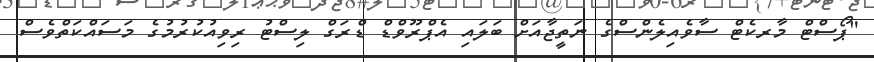
"ޕޯސްޓް މާރކެޓް ސާވެއިލެންސްގެ ނަތީޖާއަށް ބަލައި އެޕްރޫވްޑް ޑްރަގް ލިސްޓު ރިވިއުކުރުމުގެ މަސައްކަތްވެސް